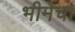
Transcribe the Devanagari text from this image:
भीमेचा